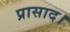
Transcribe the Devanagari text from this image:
प्रासाद।